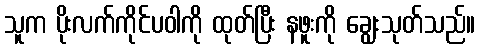
သူက ပိုးလက်ကိုင်ပဝါကို ထုတ်ပြီး နဖူးကို ချွေးသုတ်သည်။